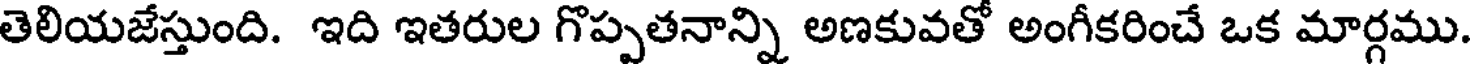
తెలియజేస్తుంది. ఇది ఇతరుల గొప్పతనాన్ని అణకువతో అంగీకరించే ఒక మార్గము.